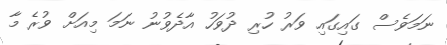
ނަމަވެސް ގައިގައި ވަރު ހުރި ދުވަހު އާދެވުނު ނަމަ މިއަށް ވުރެ މާ